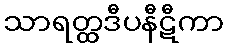
သာရတ္ထဒီပနီဋီကာ